DOW-UAP-D48, Department of the Air Force Report, 1996
Agency: Department of War
Incident date: 9/10/96
Page 114
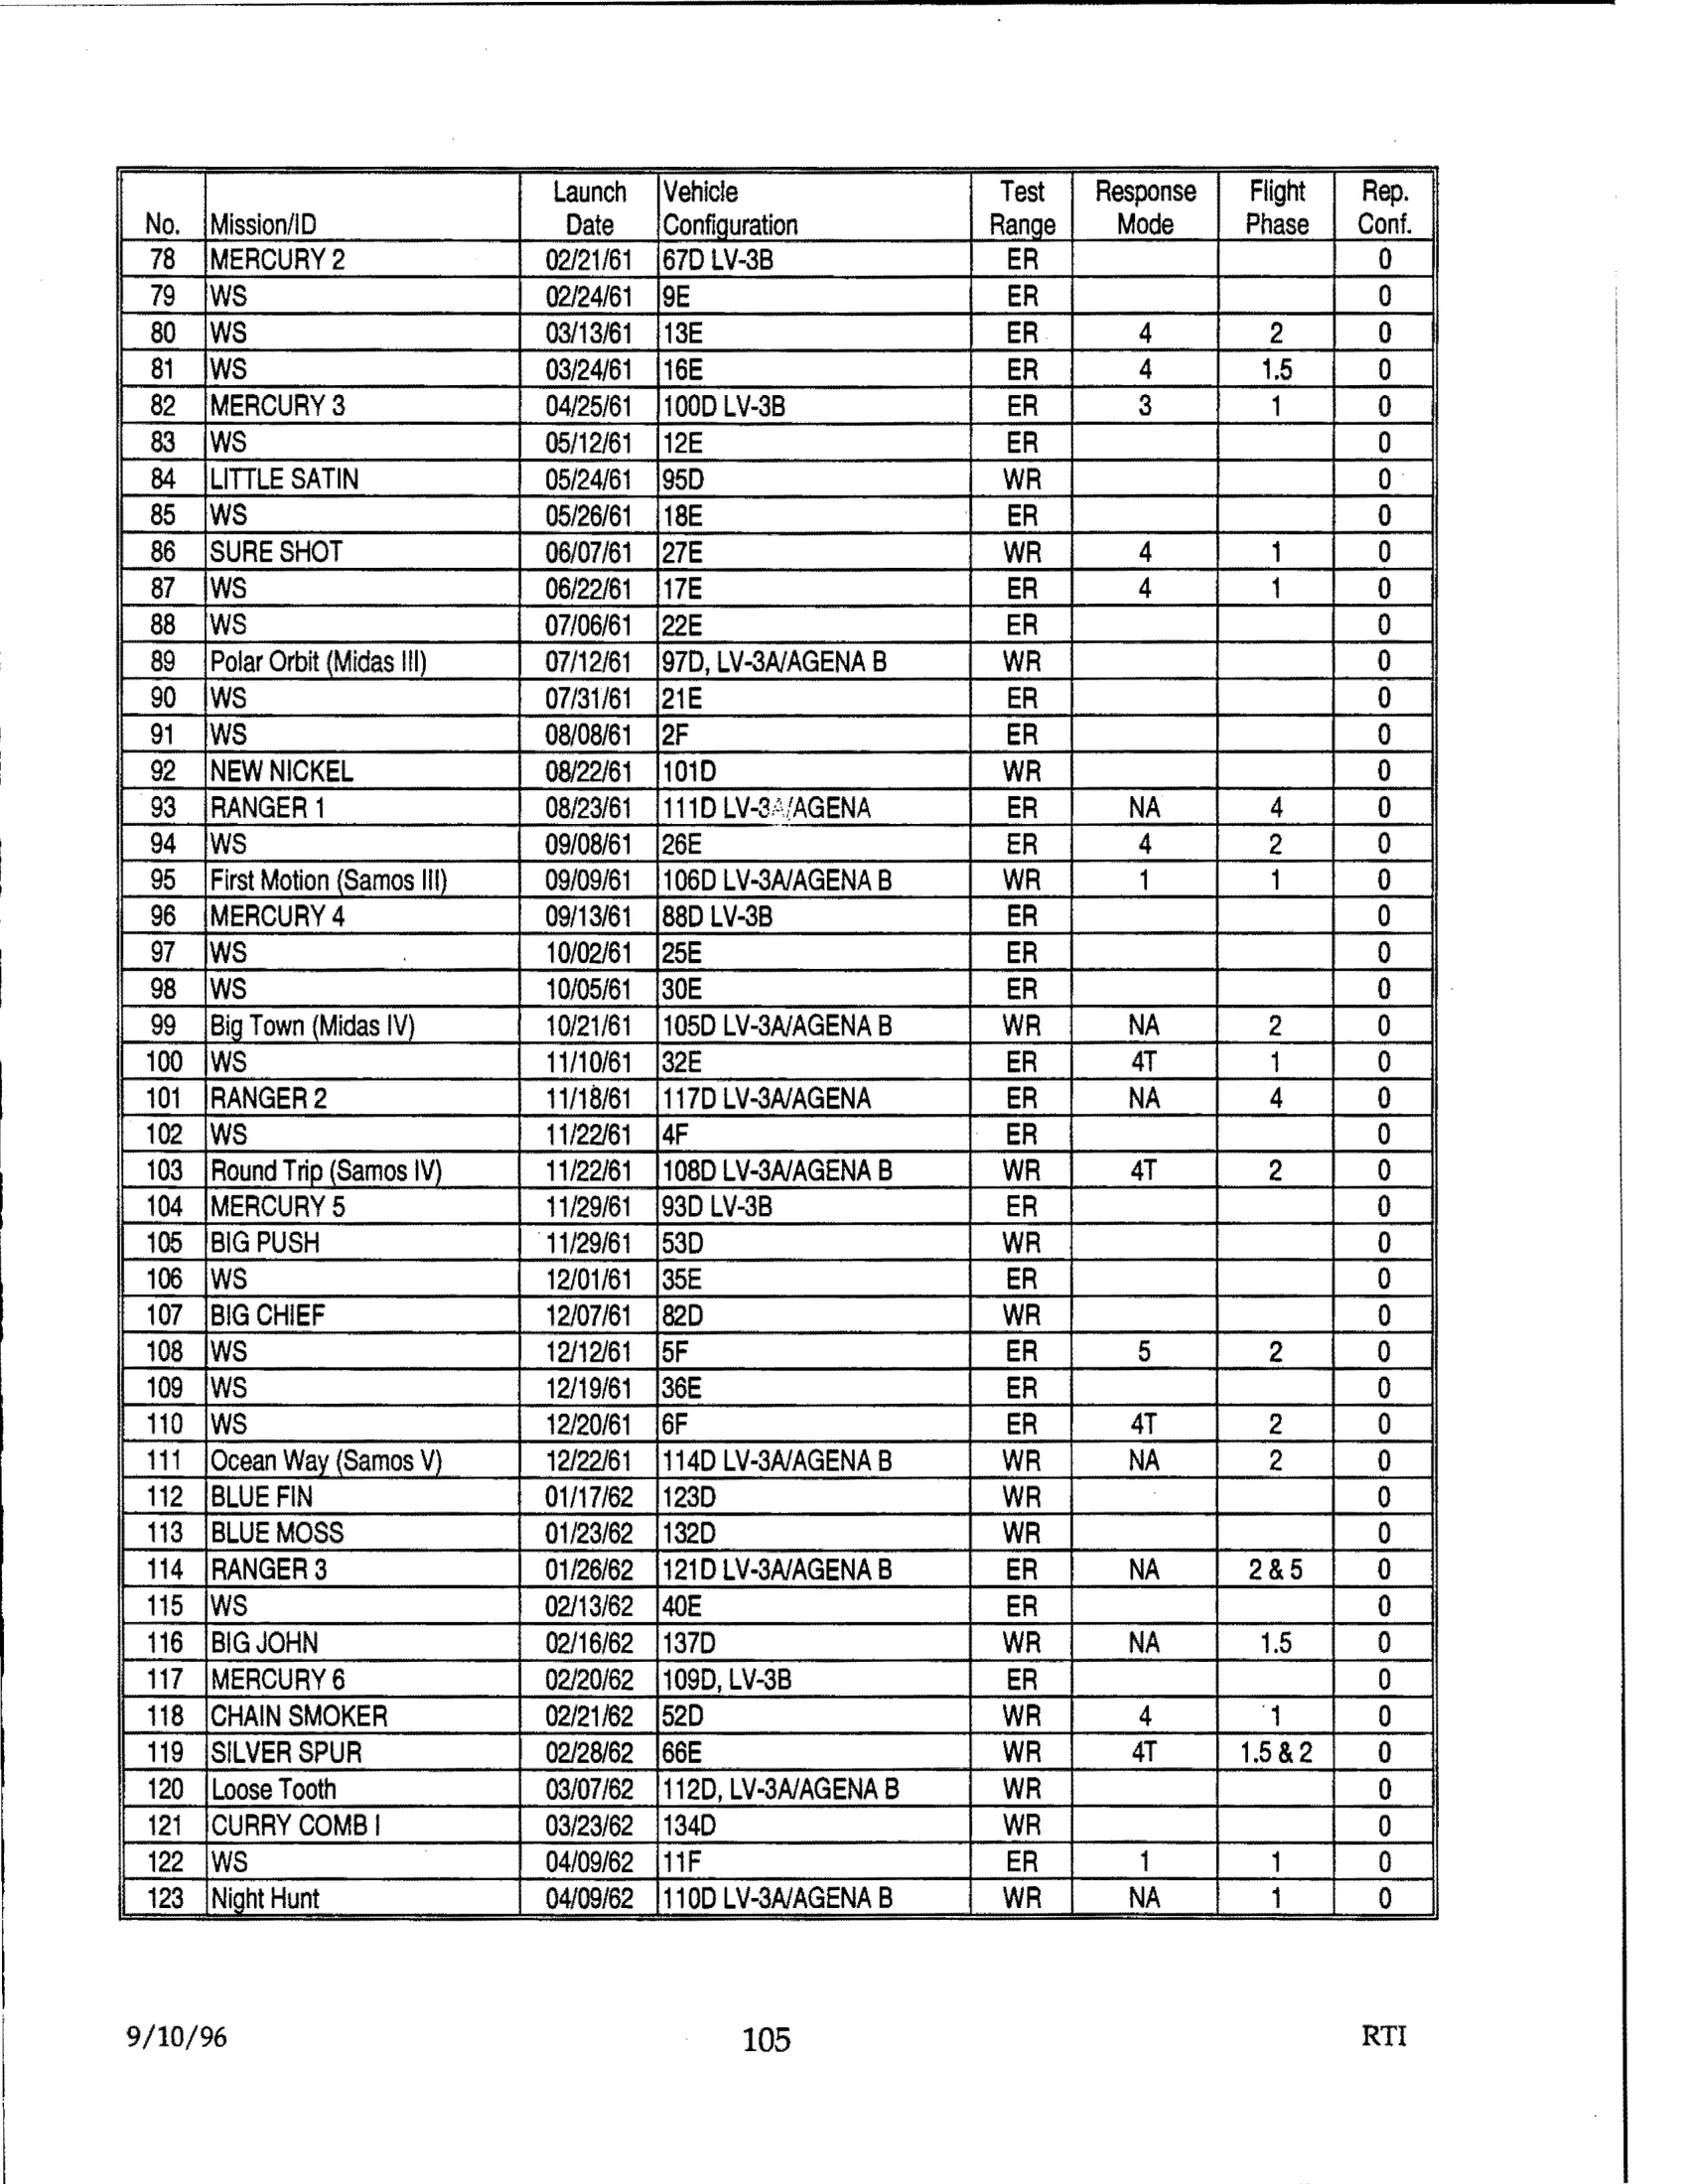